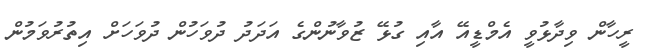
ރީހާން ވިދާޅުވީ އެމްޑީއޭ އާއި ގުޅޭ ޒުވާނުންގެ އަދަދު ދުވަހުން ދުވަހަށް އިތުރުވަމުން